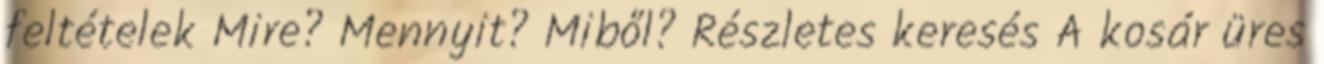
feltételek Mire? Mennyit? Miből? Részletes keresés A kosár üres